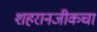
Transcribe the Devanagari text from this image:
शहरानजीकचा